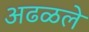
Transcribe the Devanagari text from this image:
अढळले